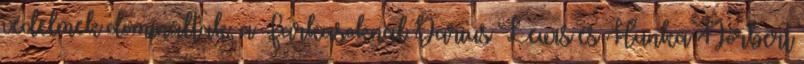
védelmek domináltak, a Farkasoknál Darius Lewis és Hunka Norbert